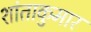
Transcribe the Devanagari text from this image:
शांताकुमार